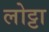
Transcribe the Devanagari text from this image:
लोट्टा